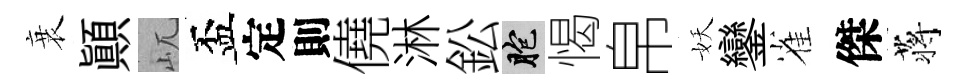
衰顚屼盃定則僥淋鈆胞愒帛妖鑾雀傑蒋